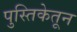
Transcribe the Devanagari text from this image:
पुस्तिकेतून